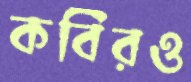
কবিরও